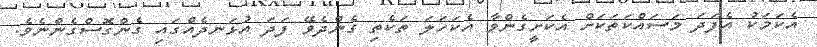
އެކަމަކު އެފަދަ މަސައްކަތަކަށް އެކަށީގެންވާ އެކަހަލަ ތަކެތި ގެންދެވޭ ފަދަ އުޅަނދެއްގައި ގެންގޮސްގެންނެވެ.